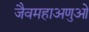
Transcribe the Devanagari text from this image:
जैवमहाअणुओं